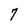
Character: 7